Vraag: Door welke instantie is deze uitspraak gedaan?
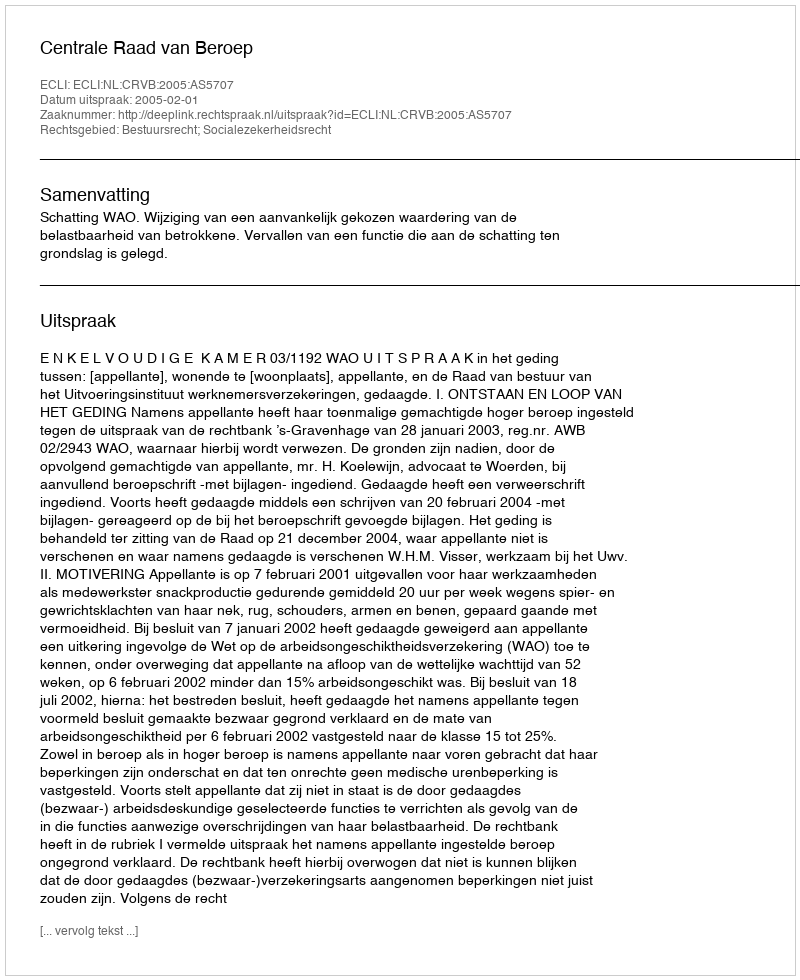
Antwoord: Centrale Raad van Beroep